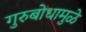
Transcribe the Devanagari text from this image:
गुरुबोधामुळे